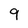
Character: 9